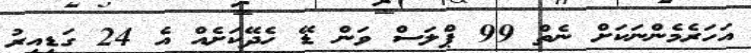
އަހަރެމެންނަކަށް ނެތް 99 ޕްލަސް ވަން ޑޭ ހެދޭކަށެއް އެ 24 ގަޑިއިރު